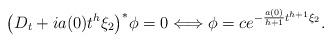
LaTeX: \begin{align*}\big(D_{t}+i a(0)t^{h}\xi_{2}\big)^\ast\phi=0 \Longleftrightarrow\phi=c e^{-\frac{a(0)}{h+1}t^{h+1}\xi_2}.\end{align*}